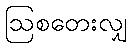
ဩစတေးလျှ